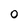
Character: O